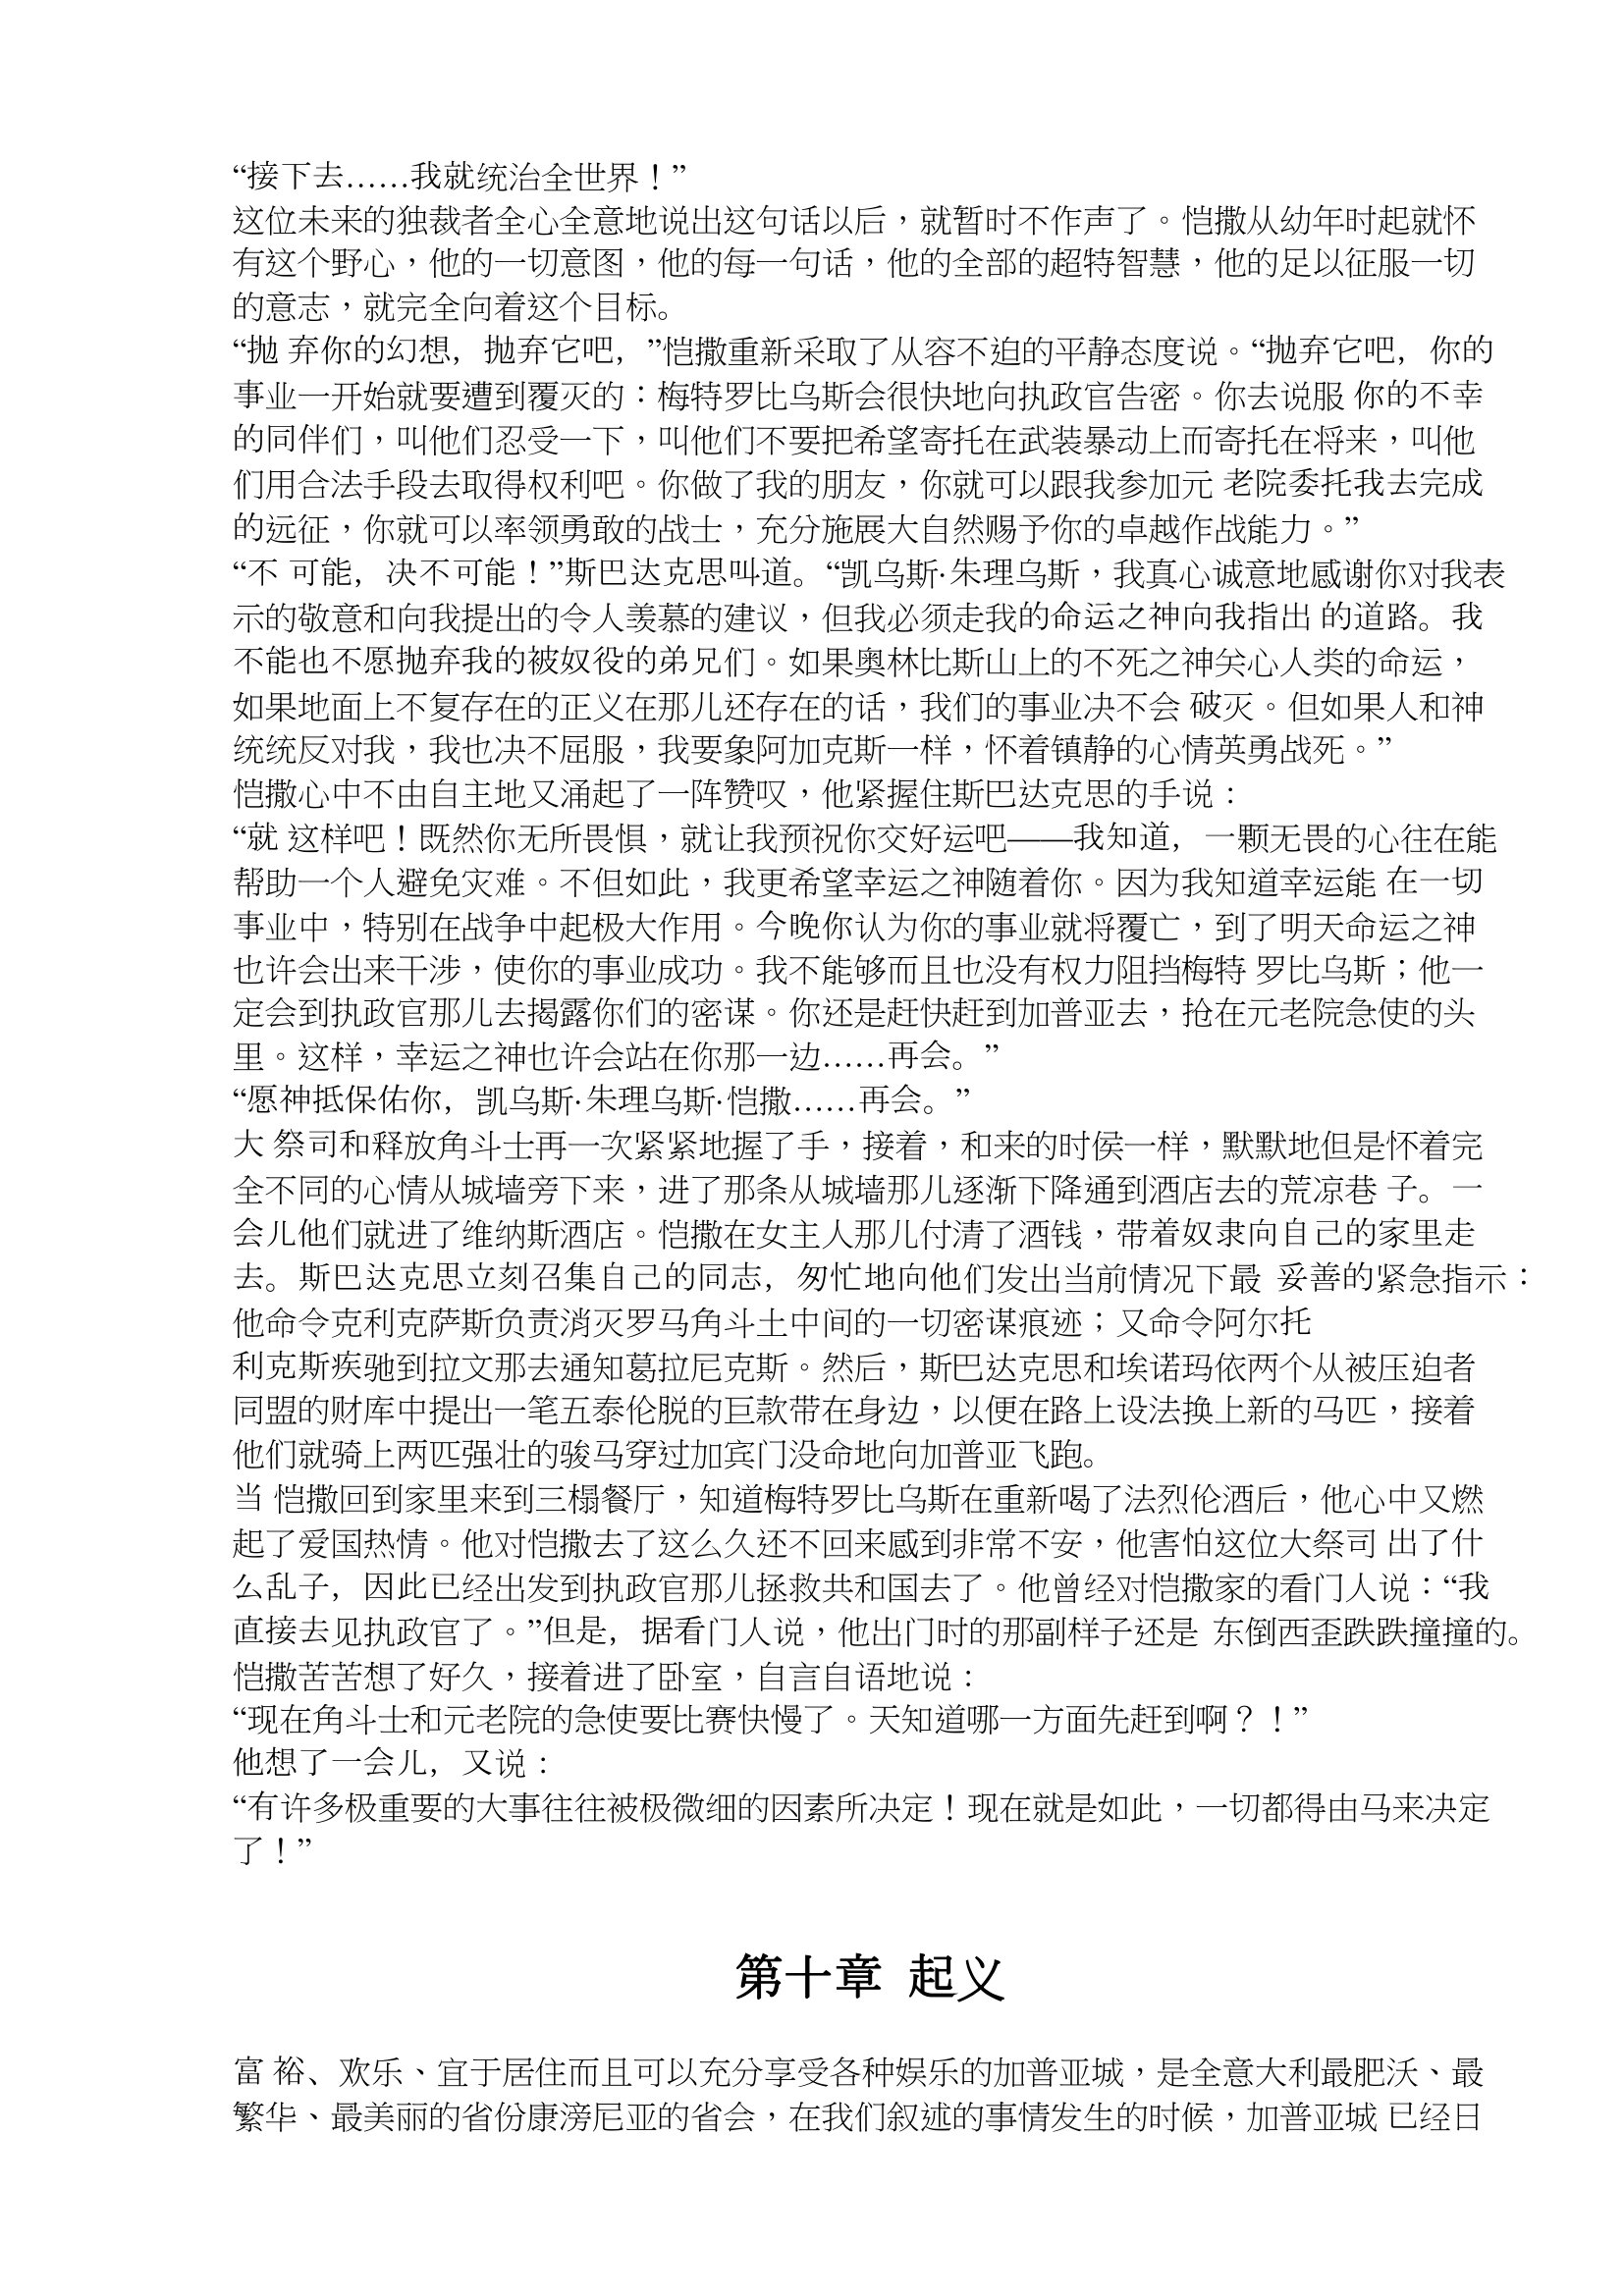
Language: zh